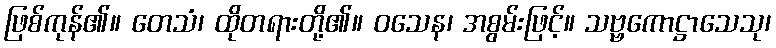
ဖြစ်ကုန်၏။ တေသံ၊ ထိုတရားတို့၏။ ဝသေန၊ အစွမ်းဖြင့်။ သဗ္ဗကောဋ္ဌာသေသု၊